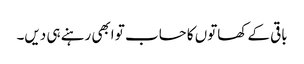
باقی کے کھاتوں کا حساب تو ابھی رہنے ہی دیں۔